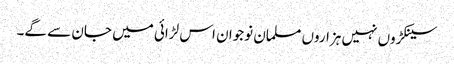
سینکڑوں نہیں ہزاروں مسلمان نوجوان اس لڑائی میں جان سے گے۔